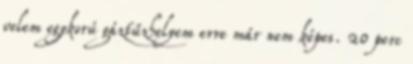
velem egykorú gáztűzhelyem erre már nem képes. 20 perc